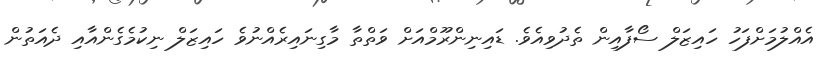
އެއްލުމަށްފަހު ހައިޒަލް ސޯފާއިން ތެދުވިއެވެ. ޑައިނިންރޫމްއަށް ވަތްތާ މާގިނައިރެއްނުވެ ހައިޒަލް ނިކުމެގެންއާއި ދެއަތުން